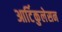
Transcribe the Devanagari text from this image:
आर्टिकुलेसन